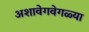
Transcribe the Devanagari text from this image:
अशावेगवेगळ्या